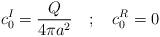
LaTeX: \begin{align*}c_0^I = \frac{Q}{4 \pi a^2} \quad ; \quad c_0^R =0\end{align*}